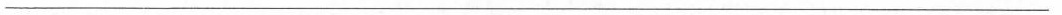
___